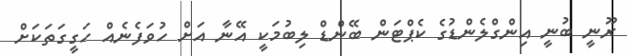
ރޫނީ ބުނީ އިންގްލެންޑުގެ ކެޕްޓަން ބޭންޑް ލިބުމަކީ އޭނާ އަށް ހުވަފެނެއް ހަގީގަތަކަށް